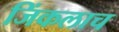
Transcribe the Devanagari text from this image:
जिंकलाच